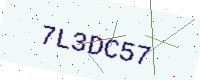
Text: 7L3DC57